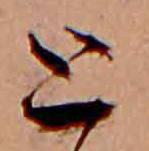
と